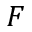
F